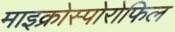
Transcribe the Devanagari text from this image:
माइक्रोस्पोरोफिल